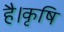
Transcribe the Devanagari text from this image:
है।कृषि